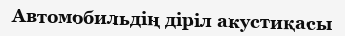
Автомобильдің діріл акустиқасы